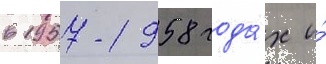
в 1957-1958 года́х и́